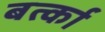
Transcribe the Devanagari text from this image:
बर्त्का